Civil Veterinary Dept. Bombay admin report 1932-41 - 1932-1941
Year: 1932
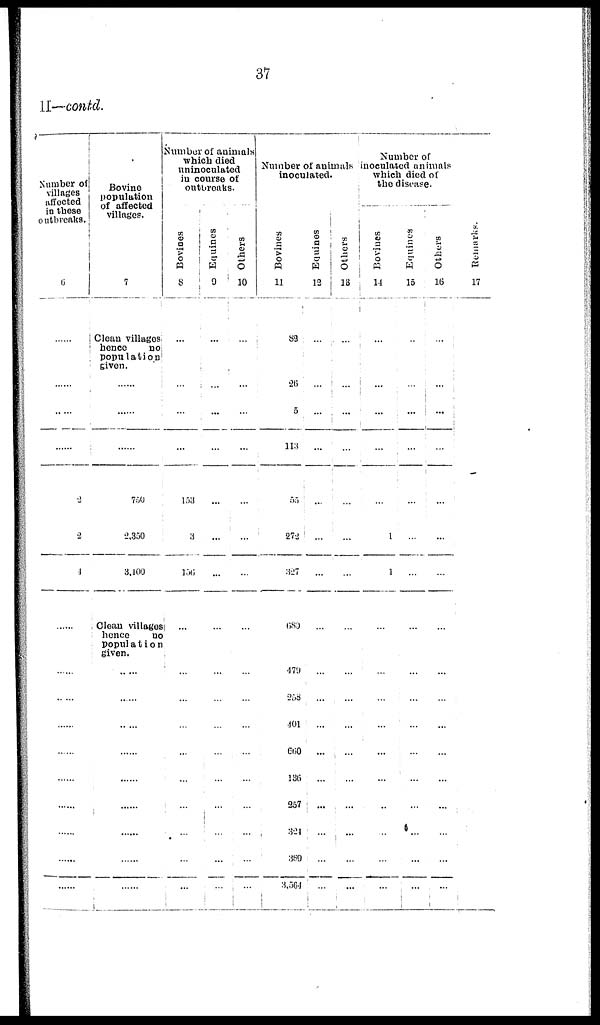
37
II—contd.
Number of
villages
affected
in these
outbreaks.
6
......
......
......
......
2
2
4
......
......
......
......
......
......
......
......
......
......
Bovine
population
of affected
villages.
7
Clean villages
hence
no
population
given.
......
...
...
750
2,350
3,100
Clean villages
hence
no
population
given.
......
......
......
......
......
......
......
......
......
Number of animals
which died
uninoculated
in course of
outbreaks.
Bovines
8
...
...
...
...
153
3
156
...
...
...
...
...
...
...
...
...
...
Equines
9
...
...
...
...
...
...
...
...
...
...
...
...
...
...
...
...
...
Others
10
...
...
...
...
...
...
...
...
...
...
...
...
...
...
...
...
...
Number of animals
inoculated.
Bovines
11
83
26
5
113
55
272
327
680
479
258
401
660
136
257
324
389
3,564
Equines
13
...
...
...
...
...
...
...
...
...
...
...
...
...
...
...
...
...
Others
18
...
...
...
...
...
...
...
...
...
...
...
...
...
...
...
...
...
Number of
inoculated animals
which died of
the disease.
Bovines
14
...
...
...
...
...
1
1
...
...
...
...
...
...
...
...
...
...
Equines
15
...
...
...
....
...
...
...
...
...
...
...
...
...
...
...
...
...
Others
16
...
...
...
...
...
...
...
...
...
...
...
...
...
...
...
...
...
Remarks.
17